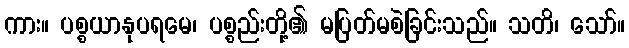
ကား။ ပစ္စယာနုပရမေ၊ ပစ္စည်းတို့၏ မပြတ်မစဲခြင်းသည်။ သတိ၊ သော်။